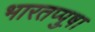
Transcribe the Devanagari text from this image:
भारतप्पुष़ा